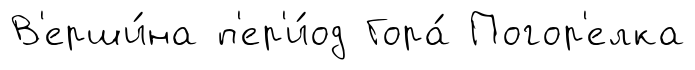
В'ерши́на п'ер'и́од Гора́ Погор'елка